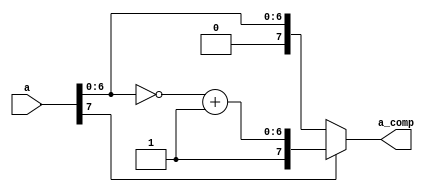
// 2022-7-22 Shin
// 
`timescale 1ns/10ps
module comp_conv(a, a_comp);

    input[7:0]      a;
    output[7:0]     a_comp;

    wire[6:0]       b; // 
    wire[7:0]       y; // 

    assign          b=~a[6:0];
    assign          y[6:0]=b+1; // +1
    assign          y[7]=a[7]; //

    assign          a_comp=a[7]?y:a; 
                    // a[7]ya

endmodule

// testbench of comp_conv
module comp_conv_tb;
    reg[7:0]        a_in;
    wire[7:0]       y_out;

    comp_conv comp_conv(.a(a_in), .a_comp(y_out));

    initial begin
        #0000     a_in<=0; 
        #3000     $stop;
    end

    // 8
    always #10 a_in<=a_in+1;

endmodule